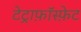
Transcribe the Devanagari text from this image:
टेट्राफ़ॉस्फ़ेट